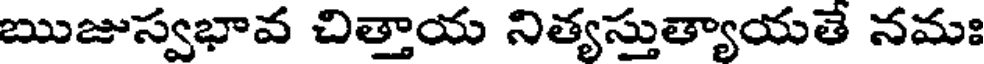
ఋజుస్వభావ చిత్తాయ నిత్యస్తుత్యాయతే నమః